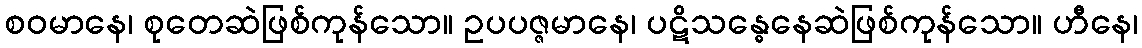
စဝမာနေ၊ စုတေဆဲဖြစ်ကုန်သော။ ဥပပဇ္ဇမာနေ၊ ပဋိသန္ဓေနေဆဲဖြစ်ကုန်သော။ ဟီနေ၊